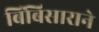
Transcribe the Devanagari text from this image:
बिंबिसाराने